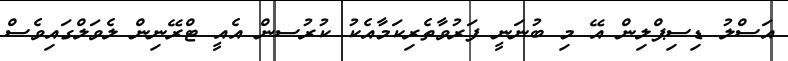
އަސްލު ޑިސިޕްލިން އޭ މި ބުނަނީ ފަރުވާތެރިކަމާއެކު ކުރުސން އެއީ ޓްރޭނިން ލެވަލްގައިވެސް